Report of the Indian Hemp Drugs Commission, 1894-1895 - Volume VII
Year: 1894
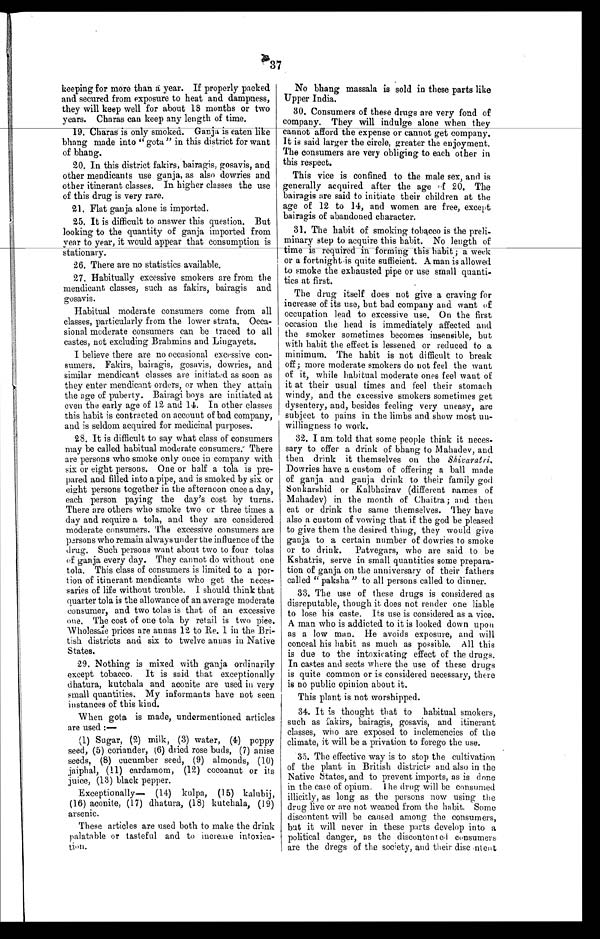
37
keeping for more than a year. If properly packed
and secured from exposure to heat and dampness,
they will keep well for about 18 months or two
years. Charas can keep any length of time.
19. Charas is only smoked. Ganja is eaten like
bhang made into "gota" in this district for want
of bhang.
20. In this district fakirs, bairagis, gosavis, and
other mendicants use ganja, as also dowries and
other itinerant classes. In higher classes the use
of this drug is very rare.
21. Flat ganja alone is imported.
25. It is difficult to answer this question. But
looking to the quantity of ganja imported from
year to year, it would appear that consumption is
stationary.
26. There are no statistics available.
27. Habitually excessive smokers are from the
mendicant classes, such as fakirs, bairagis and
gosavis.
Habitual moderate consumers come from all
classes, particularly from the lower strata. Occa
-
sional moderate consumers can be traced to all
castes, not excluding Brahmins and Lingayets.
I believe there are no occasional excessive con
-
sumers. Fakirs, bairagis, gosavis, dowries, and
similar mendicant classes are initiated as soon as
they enter mendicant orders, or when they attain
the age of puberty. Bairagi boys are initiated at
even the early age of 12 and 14. In other classes
this habit is contracted on account of bad company,
and is seldom acquired for medicinal purposes.
28. It is difficult to say what class of consumers
may be called habitual moderate consumers. There
are persons who smoke only once in company with
six or eight persons. One or half a tola is pre
-
pared and filled into a pipe, and is smoked by six or
eight persons together in the afternoon once a day,
each person paying the day's cost by turns.
There are others who smoke two or three times a
day and require a tola, and they are considered
moderate consumers. The excessive consumers are
persons who remain always under the influence of the
drug. Such persons want about two to four tolas
of ganja every day. They cannot do without one
tola. This class of consumers is limited to a por
-
tion of itinerant mendicants who get the neces
-
saries of life without trouble. I should think that
q u a r t e r t o l a i s t h e a l l o w a n c e o f a n a v e r a g e m o d e r a t e
consumer, and two tolas is that of an excessive
one. The cost of one tola by retail is two pice.
Wholesale prices are annas 12 to Re. 1 in the Bri
-
tish districts and six to twelve annas in Native
States.
29. Nothing is mixed with ganja ordinarily
except tobacco. It is said that exceptionally
dhatura, kutchala and aconite are used in very
small quantities. My informants have not seen
instances of this kind.
When gota is made, undermentioned articles
are used :
—
(1) Sugar, (2) milk, (3) water, (4) poppy
seed, (5) coriander, (6) dried rose buds, (7) anise
seeds, (8) cucumber seed, (9) almonds, (10)
jaiphal, (11) cardamom, (12) cocoanut or its
juice, (13) black pepper.
Exceptionally— (14) kulpa, (15) kalubij,
(16) aconite, (17) dhatura, (18) kutchala, (19)
arsenic.
These articles are used both to make the drink
palatable or tasteful and to increase
- t i o n .
No bhang massala is sold in these parts like
Upper India.
30. Consumers of these drugs are very fond of
company. They will indulge alone when they
cannot afford the expense or cannot get company.
It is said larger the circle, greater the enjoyment.
The consumers are very obliging to each other in
this respect.
This vice is confined to the male sex, and is
generally acquired after the age of 20. The
bairagis are said to initiate their children at the
age of 12 to 14, and women are free, except
bairagis of abandoned character.
31. The habit of smoking tobacco is the preli
-
minary step to acquire this habit. No length of
time is required in forming this habit; a week
or a fortnight is quite sufficient. A man is allowed
to smoke the exhausted pipe or use small quanti
-
ties at first.
The drug itself does not give a craving for
increase of its use, but bad company and want of
occupation lead to excessive use. On the first
occasion the head is immediately affected and
the smoker sometimes becomes insensible, but
with habit the effect is lessened or reduced to a
minimum. The habit is not difficult to break
off; more moderate smokers do not feel the want
of it, while habitual moderate ones feel want of
it at their usual times and feel their stomach
windy, and the excessive smokers sometimes get
dysentery, and, besides feeling very uneasy, are
subject to pains in the limbs and show most un
-
willingness to work.
32. I am told that some people think it neces
-
sary to offer a drink of bhang to Mahadev, and
then drink it themselves on the Shivaratri.
Dowries have a custom of offering a ball made
of ganja and ganja drink to their family god
Sonkarshid or Kalbhairav (different names of
Mahadev) in the month of Chaitra ; and then
eat or drink the same themselves. They have
also a custom of vowing that if the god be pleased
to give them the desired thing, they would give
ganja to a certain number of dowries to smoke
or to drink. Patvegars, who are said to be
Kshatris, serve in small quantities some prepara
-
tion of ganja on the anniversary of their fathers
called " paksha " to all persons called to dinner.
33. The use of these drugs is considered as
disreputable, though it does not render one liable
to lose his caste. Its use is considered as a vice.
A man who is addicted to it is looked down upon
as a low man. He avoids exposure, and will
conceal his habit as much as possible. All this
is due to the intoxicating effect of the drugs.
In castes and sects where the use of these drugs
is quite common or is considered necessary, there
is no public opinion about it.
This plant is not worshipped.
34. It is thought that to habitual smokers,
such as fakirs, bairagis, gosavis, and itinerant
classes, who are exposed to inclemencies of the
climate, it will be a privation to forego the use.
35. The effective way is to stop the cultivation
of the plant in British districts and also in the
Native States, and to prevent imports, as is done
in the case of opium. The drug will be consumed
illicitly, as long as the persons now using the
drug live or are not weaned from the habit. Some
discontent will be caused among the consumers,
but it will never in these parts develop into a
political danger, as the discontented consumers
are the dregs of the society, and their discontent